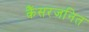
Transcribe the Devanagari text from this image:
कैंसरजनित